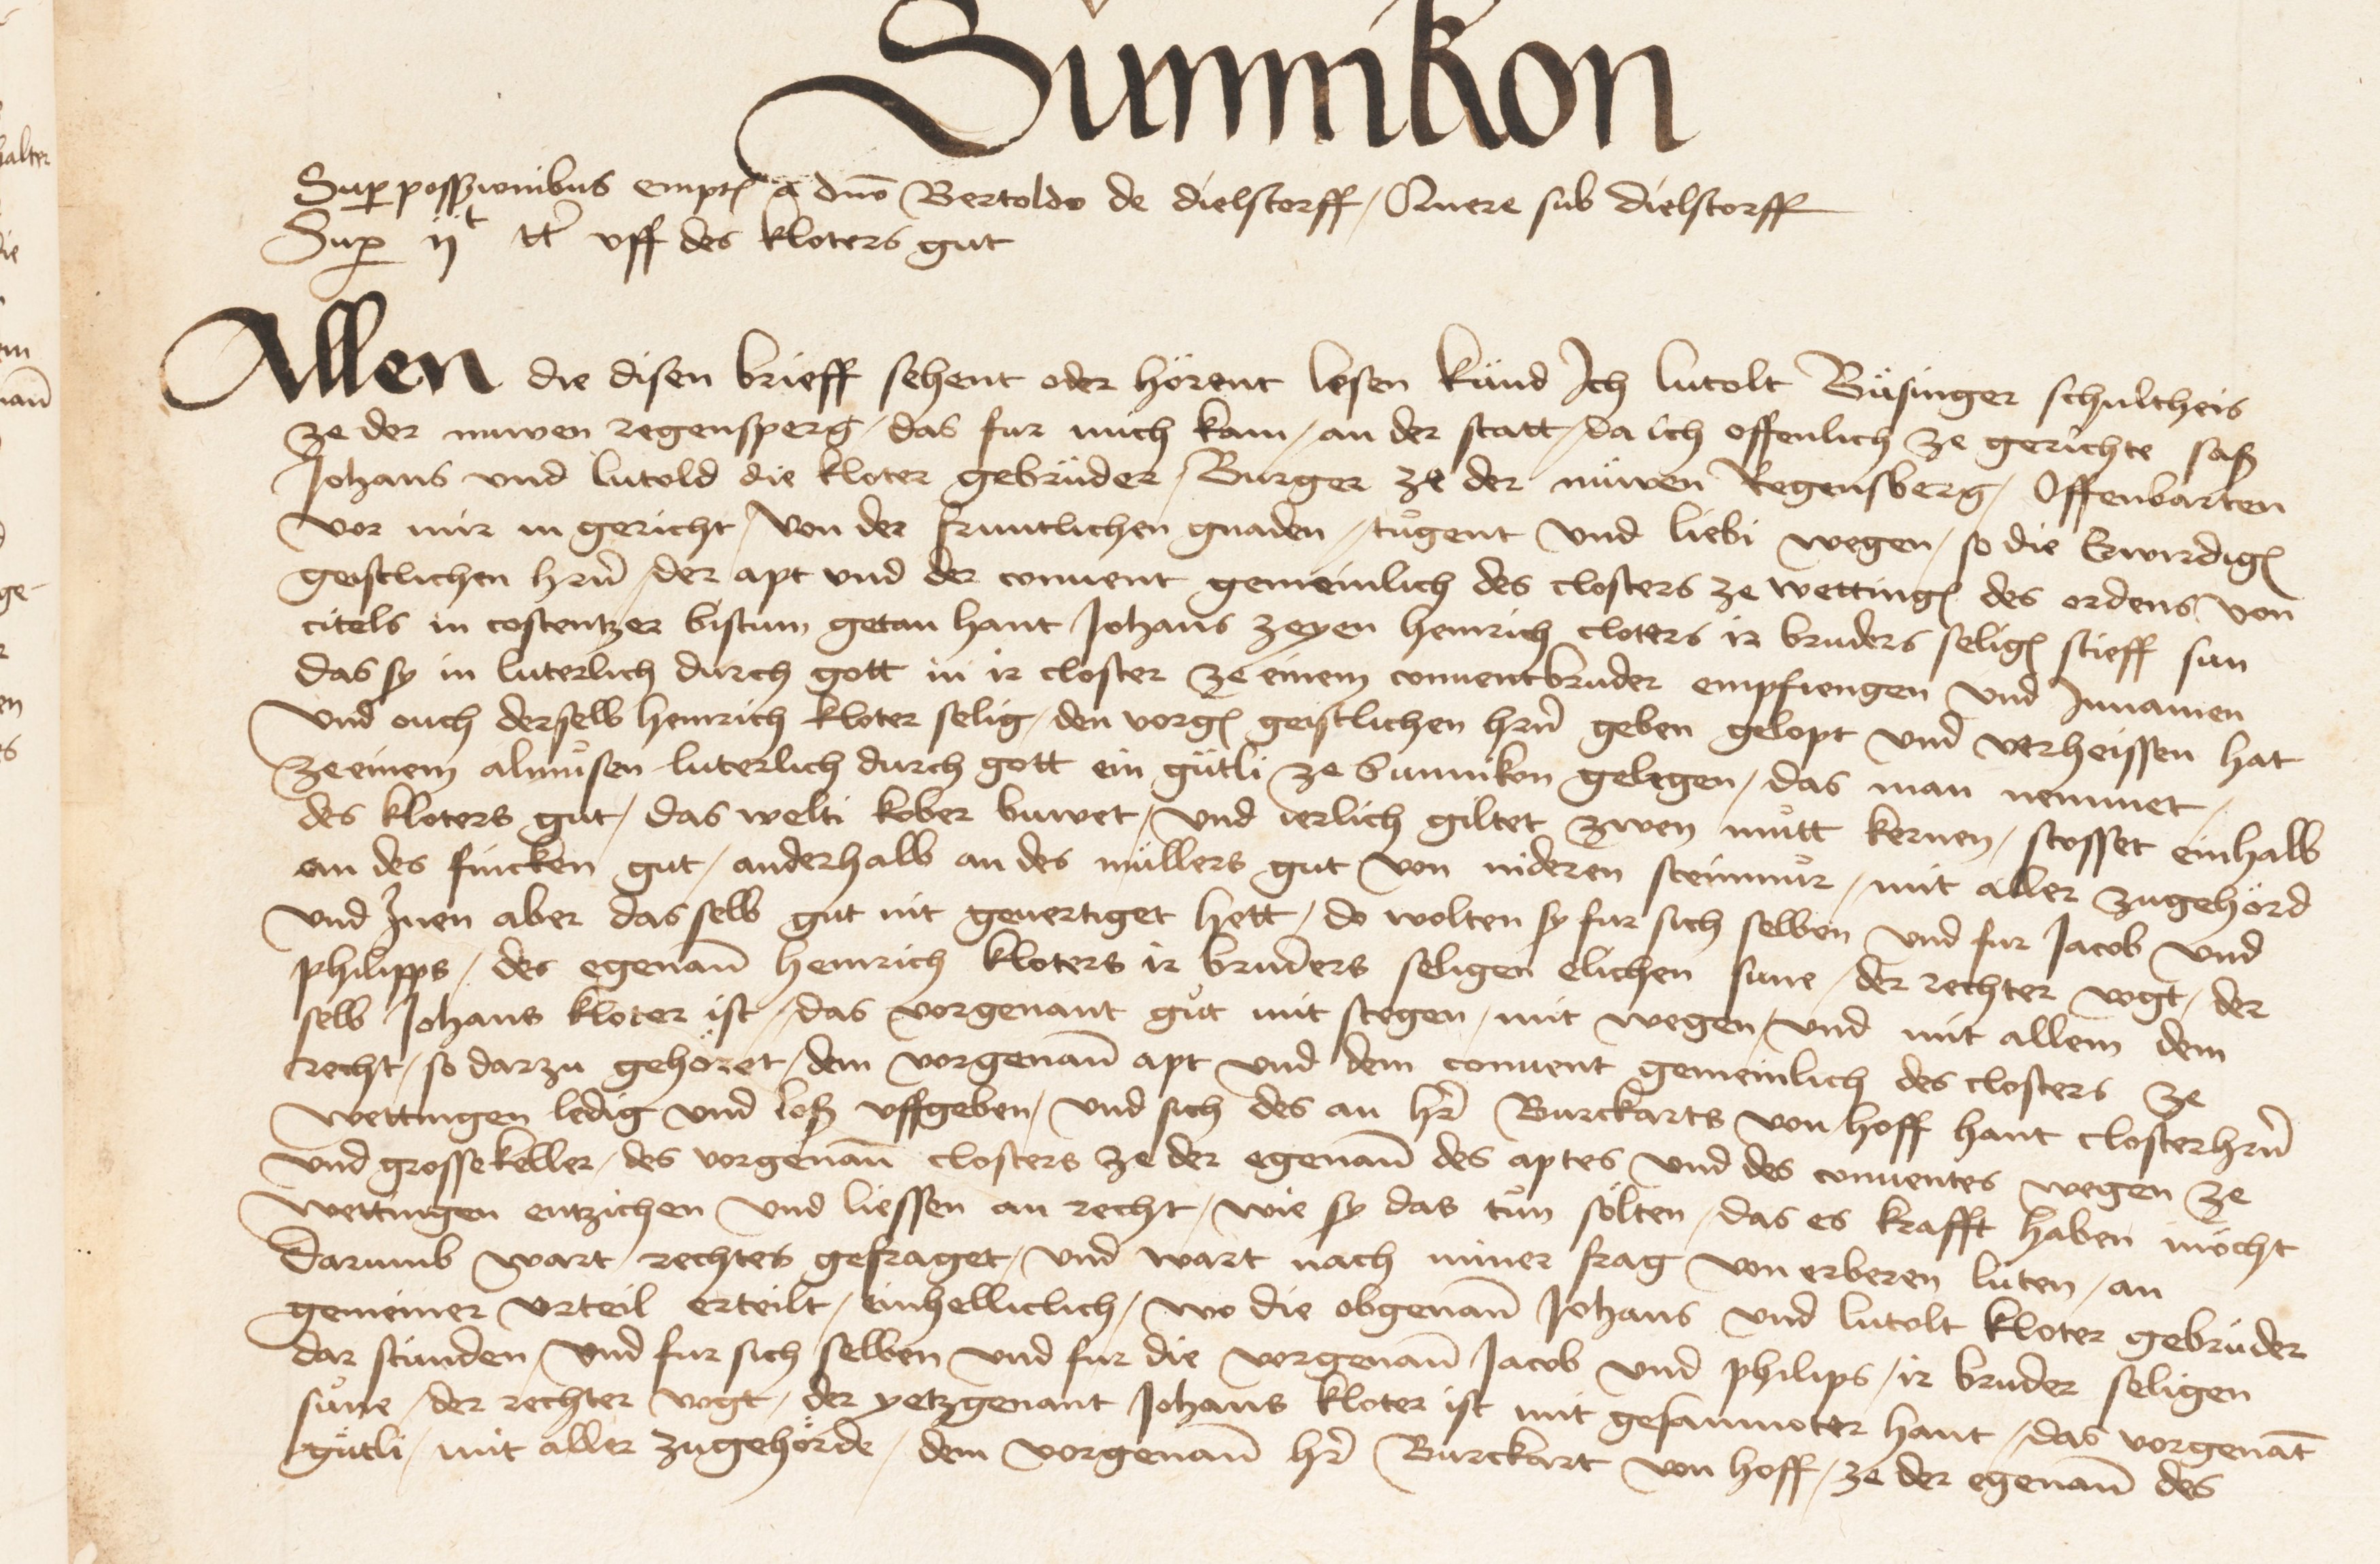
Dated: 1475–1505